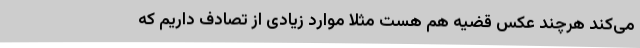
می‌کند هرچند عکس قضیه هم هست مثلاً موارد زیادی از تصادف داریم که